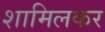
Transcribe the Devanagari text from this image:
शामिलकर